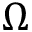
\Omega